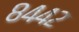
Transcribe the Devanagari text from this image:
८४४२